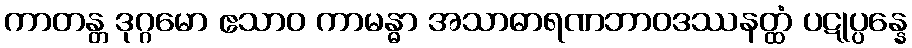
ကာတန္တ ဒုဂ္ဂမော ဧသာဝ ကာမန္ဓာ အသာဓာရဏဘာဝဒဿနတ္ထံ ပဋုပ္ပန္နေ